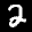
Label: 2